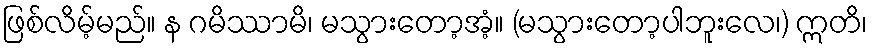
ဖြစ်လိမ့်မည်။ န ဂမိဿာမိ၊ မသွားတော့အံ့။ (မသွားတော့ပါဘူးလေ၊) ဣတိ၊